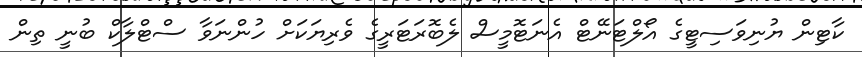
ކާޓިން ޔުނިވަސިޓީގެ އޯލްޓަނޭޓް އެނަޓޮމީސް ލެބޮރަޓަރީގެ ވެރިޔަކަށް ހުންނަވާ ސްޓްލާކް ބުނީ ތިން